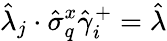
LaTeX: \hat{\lambda}_{j}\cdot\hat{\sigma}_{q}^{x}\hat{\gamma}_{i}^{+}=\hat{\lambda}